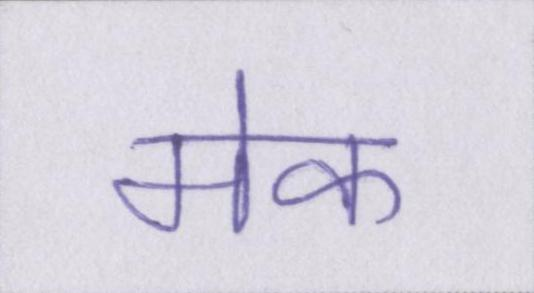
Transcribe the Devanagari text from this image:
मेक